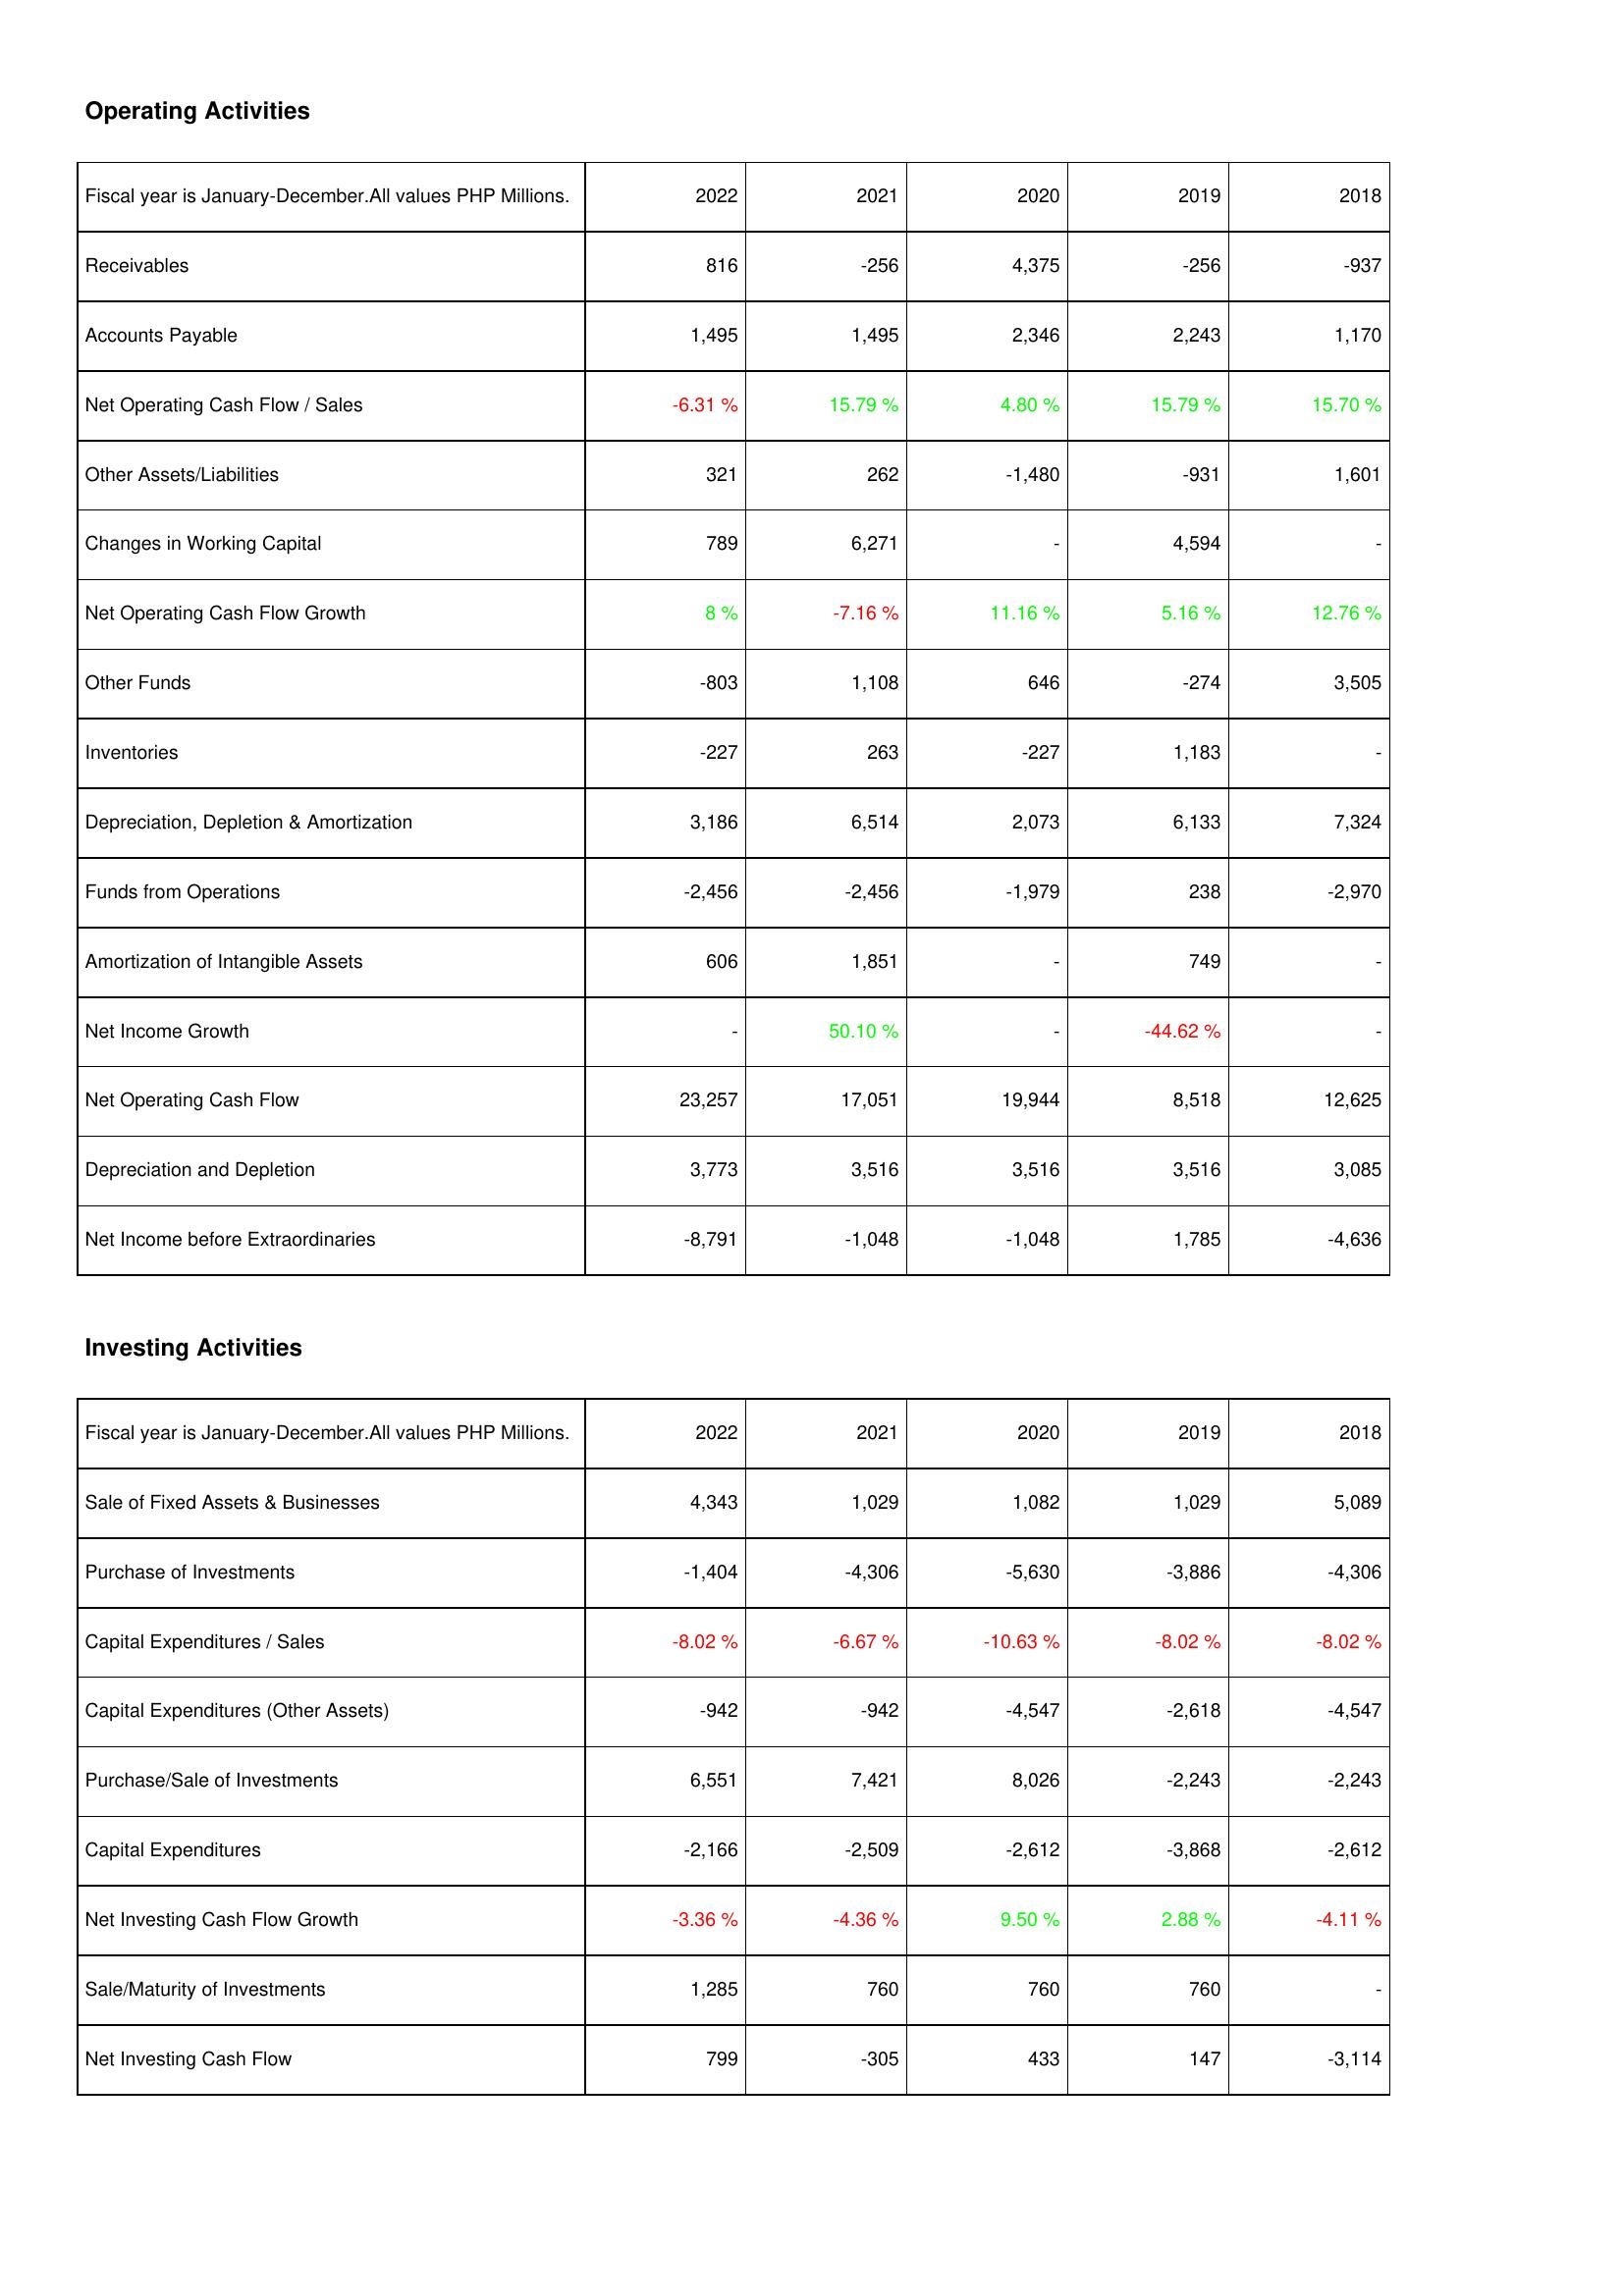
2022: Operating Activities: Receivables: 816
Accounts Payable: 1,495
Net Operating Cash Flow / Sales: -6.31 %
Other Assets/Liabilities: 321
Changes in Working Capital: 789
Net Operating Cash Flow Growth: 8 %
Other Funds: -803
Inventories: -227
Depreciation, Depletion & Amortization: 3,186
Funds from Operations: -2,456
Amortization of Intangible Assets: 606
Net Income Growth: -
Net Operating Cash Flow: 23,257
Depreciation and Depletion: 3,773
Net Income before Extraordinaries: -8,791
Investing Activities: Sale of Fixed Assets & Businesses: 4,343
Purchase of Investments: -1,404
Capital Expenditures / Sales: -8.02 %
Capital Expenditures (Other Assets): -942
Purchase/Sale of Investments: 6,551
Capital Expenditures: -2,166
Net Investing Cash Flow Growth: -3.36 %
Sale/Maturity of Investments: 1,285
Net Investing Cash Flow: 799
2021: Operating Activities: Receivables: -256
Accounts Payable: 1,495
Net Operating Cash Flow / Sales: 15.79 %
Other Assets/Liabilities: 262
Changes in Working Capital: 6,271
Net Operating Cash Flow Growth: -7.16 %
Other Funds: 1,108
Inventories: 263
Depreciation, Depletion & Amortization: 6,514
Funds from Operations: -2,456
Amortization of Intangible Assets: 1,851
Net Income Growth: 50.10 %
Net Operating Cash Flow: 17,051
Depreciation and Depletion: 3,516
Net Income before Extraordinaries: -1,048
Investing Activities: Sale of Fixed Assets & Businesses: 1,029
Purchase of Investments: -4,306
Capital Expenditures / Sales: -6.67 %
Capital Expenditures (Other Assets): -942
Purchase/Sale of Investments: 7,421
Capital Expenditures: -2,509
Net Investing Cash Flow Growth: -4.36 %
Sale/Maturity of Investments: 760
Net Investing Cash Flow: -305
2020: Operating Activities: Receivables: 4,375
Accounts Payable: 2,346
Net Operating Cash Flow / Sales: 4.80 %
Other Assets/Liabilities: -1,480
Changes in Working Capital: -
Net Operating Cash Flow Growth: 11.16 %
Other Funds: 646
Inventories: -227
Depreciation, Depletion & Amortization: 2,073
Funds from Operations: -1,979
Amortization of Intangible Assets: -
Net Income Growth: -
Net Operating Cash Flow: 19,944
Depreciation and Depletion: 3,516
Net Income before Extraordinaries: -1,048
Investing Activities: Sale of Fixed Assets & Businesses: 1,082
Purchase of Investments: -5,630
Capital Expenditures / Sales: -10.63 %
Capital Expenditures (Other Assets): -4,547
Purchase/Sale of Investments: 8,026
Capital Expenditures: -2,612
Net Investing Cash Flow Growth: 9.50 %
Sale/Maturity of Investments: 760
Net Investing Cash Flow: 433
2019: Operating Activities: Receivables: -256
Accounts Payable: 2,243
Net Operating Cash Flow / Sales: 15.79 %
Other Assets/Liabilities: -931
Changes in Working Capital: 4,594
Net Operating Cash Flow Growth: 5.16 %
Other Funds: -274
Inventories: 1,183
Depreciation, Depletion & Amortization: 6,133
Funds from Operations: 238
Amortization of Intangible Assets: 749
Net Income Growth: -44.62 %
Net Operating Cash Flow: 8,518
Depreciation and Depletion: 3,516
Net Income before Extraordinaries: 1,785
Investing Activities: Sale of Fixed Assets & Businesses: 1,029
Purchase of Investments: -3,886
Capital Expenditures / Sales: -8.02 %
Capital Expenditures (Other Assets): -2,618
Purchase/Sale of Investments: -2,243
Capital Expenditures: -3,868
Net Investing Cash Flow Growth: 2.88 %
Sale/Maturity of Investments: 760
Net Investing Cash Flow: 147
2018: Operating Activities: Receivables: -937
Accounts Payable: 1,170
Net Operating Cash Flow / Sales: 15.70 %
Other Assets/Liabilities: 1,601
Changes in Working Capital: -
Net Operating Cash Flow Growth: 12.76 %
Other Funds: 3,505
Inventories: -
Depreciation, Depletion & Amortization: 7,324
Funds from Operations: -2,970
Amortization of Intangible Assets: -
Net Income Growth: -
Net Operating Cash Flow: 12,625
Depreciation and Depletion: 3,085
Net Income before Extraordinaries: -4,636
Investing Activities: Sale of Fixed Assets & Businesses: 5,089
Purchase of Investments: -4,306
Capital Expenditures / Sales: -8.02 %
Capital Expenditures (Other Assets): -4,547
Purchase/Sale of Investments: -2,243
Capital Expenditures: -2,612
Net Investing Cash Flow Growth: -4.11 %
Sale/Maturity of Investments: -
Net Investing Cash Flow: -3,114